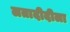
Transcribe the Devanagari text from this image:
लतादीदीला